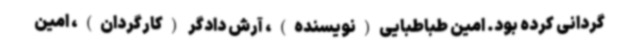
گردانی کرده بود. امین طباطبایی(نویسنده)، آرش دادگر (کارگردان)، امین